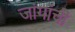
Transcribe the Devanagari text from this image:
जांगांची